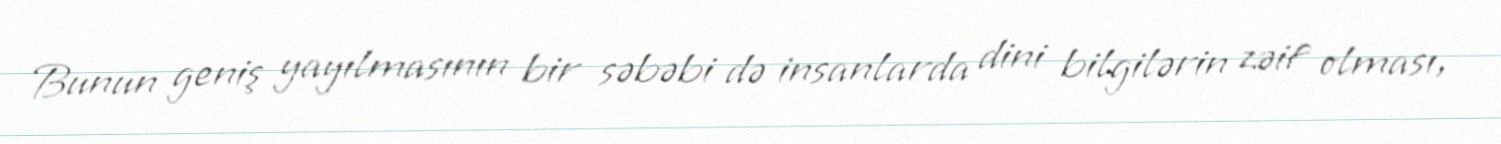
Bunun geniş yayılmasının bir səbəbi də insanlarda dini bilgilərin zəif olması,